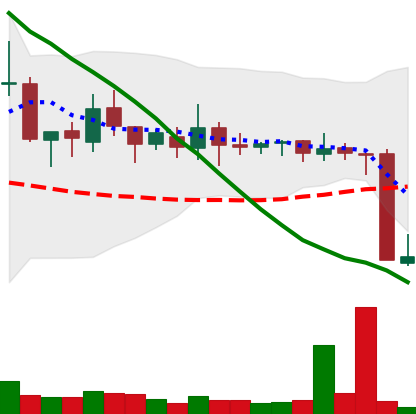
Ticker: XMR-USD
Chart end date: 2018-10-12
Forward return: 4.62%
Label: up_3_5